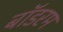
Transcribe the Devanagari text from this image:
बॉडरम